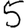
Digit: 5